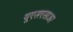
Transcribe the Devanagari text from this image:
यूएसएसाअर